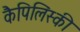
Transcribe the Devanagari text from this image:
कैपिलिंस्की